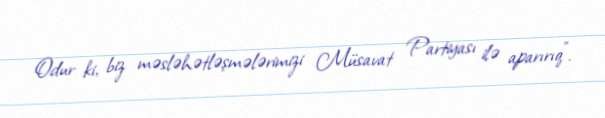
Odur ki, biz məsləhətləşmələrimizi Müsavat Partiyası ilə aparırıq".